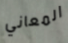
المعاني